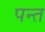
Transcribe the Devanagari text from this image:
पन्‍त